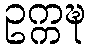
ဥက္ကဍ္ဎ